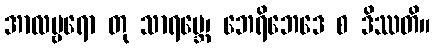
အာလမ္ဗရော တု သာရမ္ဘေ၊ ဘေရိဘေဒေ စ ဒိဿတိ။